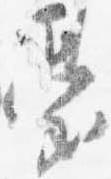
台